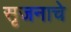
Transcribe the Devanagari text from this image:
सृजनाचे